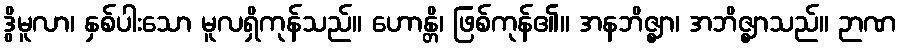
ဒွိမူလာ၊ နှစ်ပါးသော မူလရှိကုန်သည်။ ဟောန္တိ၊ ဖြစ်ကုန်၏။ အနဘိဇ္ဈာ၊ အဘိဇ္ဈာသည်။ ဉာဏ